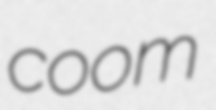
coom